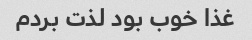
غذا خوب بود لذت بردم